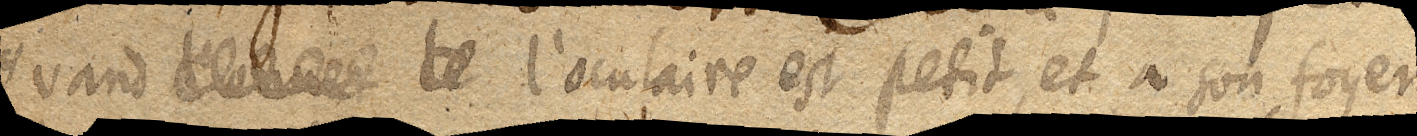
quand xx le l’oculaire est petit, et a son foyer